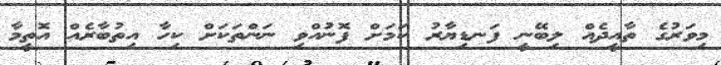
މިވަރުގެ ތާއީދެއް ލިބޭނީ ފަނޑިޔާރު ކަމަށް ފޮނުއްވި ނަންތަކަށް ކިހާ އިތުބާރެއް އޮތީމާ